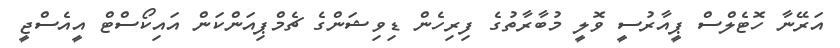
އަރޭނާ ހޮޓެލްސް ޕީއާރުސީ ވޮލީ މުބާރާތުގެ ފިރިހެން ޑިވިޝަންގެ ޗެމްޕިއަންކަން އައިކޯސްޓް އީއެސްޖީ